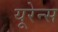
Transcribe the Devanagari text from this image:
यूरेन्स